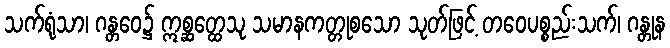
သက်ရုံသာ၊ ဂန္တဝေ၌ ဣစ္ဆတ္ထေသု သမာနကတ္တုစသော သုတ်ဖြင့် တဝေပစ္စည်းသက်၊ ဂန္တုန